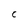
Character: C